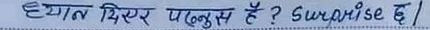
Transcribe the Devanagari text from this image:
ध्यान दिएर पढ्नुस है ? Surprise छ।